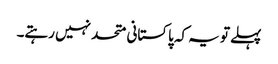
پہلے تو یہ کہ پاکستانی متحد نہیں رہتے۔